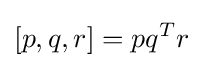
[p,q,r]=pq^{T}r